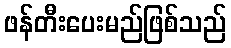
ဖန်တီးပေးမည်ဖြစ်သည်